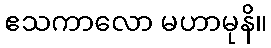
ဧသကာလော မဟာမုနိ။